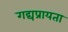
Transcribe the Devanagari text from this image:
गद्यप्रायता